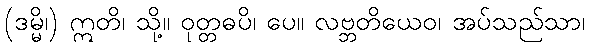
(ဒမ္မိ၊) ဣတိ၊ သို့။ ဝုတ္တဓပိ၊ ပေ။ လဗ္ဘတိယေဝ၊ အပ်သည်သာ၊